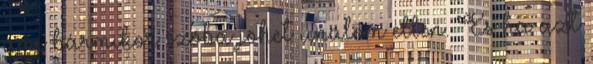
ami bármikor szóba jöhet unalom ellen. És ha azt